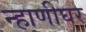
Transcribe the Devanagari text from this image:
न्हाणीघर